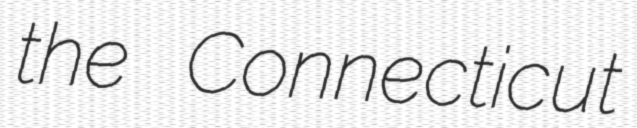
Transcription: the Connecticut